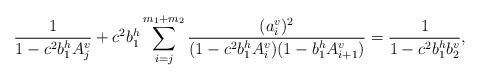
LaTeX: \begin{align*}\frac{1}{1-c^2b_1^hA_j^v}+c^2b_1^h\sum_{i=j}^{m_1+m_2}\frac{(a_i^v)^2}{(1-c^2b_1^hA_i^v)(1-b_1^hA_{i+1}^v)}=\frac{1}{1-c^2b_1^hb_2^v},\end{align*}